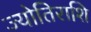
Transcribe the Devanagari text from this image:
ज्योतिराशि